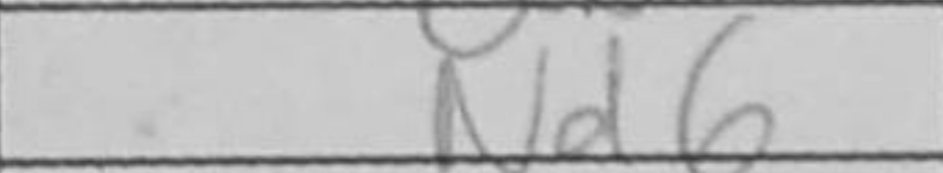
Transcription: Nd6